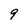
Character: 9